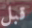
قبل